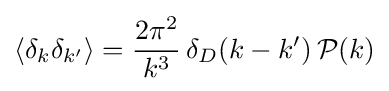
\langle \delta _{k}\delta _{k'}\rangle ={\frac {2\pi ^{2}}{k^{3}}}\,\delta _{D}(k-k')\,{\mathcal {P}}(k)